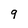
Character: 9